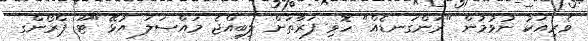
ވެރިއަކު ނުވުމުން "ރަންގަނޑެއް" ހޮވި ފަރާތަށް ލިބިއްޖެ މައްސަލަ އުޅޭ "ޓޫ ޕްރޯންގ